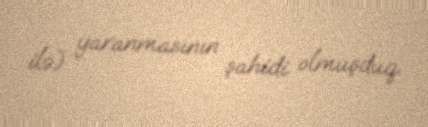
ilə) yaranmasının şahidi olmuşduq.